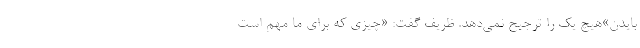
بایدن»هیچ یک را ترجیح نمی‌دهد. ظریف گفت: «چیزی که برای ما مهم است